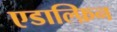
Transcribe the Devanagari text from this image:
एडाल्फ़िन